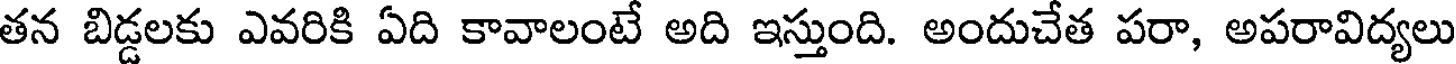
తన బిడ్డలకు ఎవరికి ఏది కావాలంటే అది ఇస్తుంది. అందుచేత పరా, అపరావిద్యలు